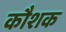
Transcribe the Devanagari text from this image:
कौशक